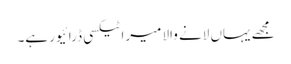
مجھے یہاں لانے والا میرا ٹیکسی ڈرائیور ہے۔